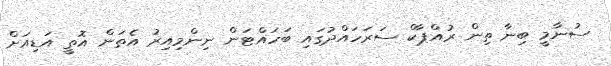
ސުނާމީ ބިނާ ތިން ރުއްޕާކް ސަރަހައްދުގައި ބަހައްޓަން ނިންމިއިރު އެތަން އޮތީ އަޑިއަށް